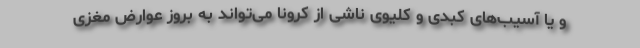
و یا آسیب‌های کبدی و کلیوی ناشی از کرونا می‌تواند به بروز عوارض مغزی